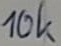
Text: 10k